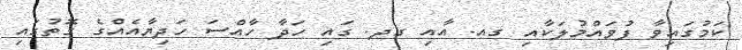
ކަމުގައިވާ ފުވައްމުލަކާއި ގއ. އާއި ގދ. ގައި ހަދާ ހާއްސަ ހަދިޔާއެއްގެ ގޮތުގައި